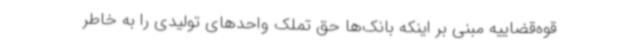
قوه‌قضاییه مبنی بر اینکه بانک‌ها حق تملک واحدهای تولیدی را به خاطر